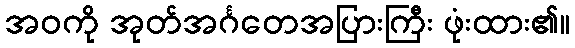
အဝကို အုတ်အင်္ဂတေအပြားကြီး ဖုံးထား၏။